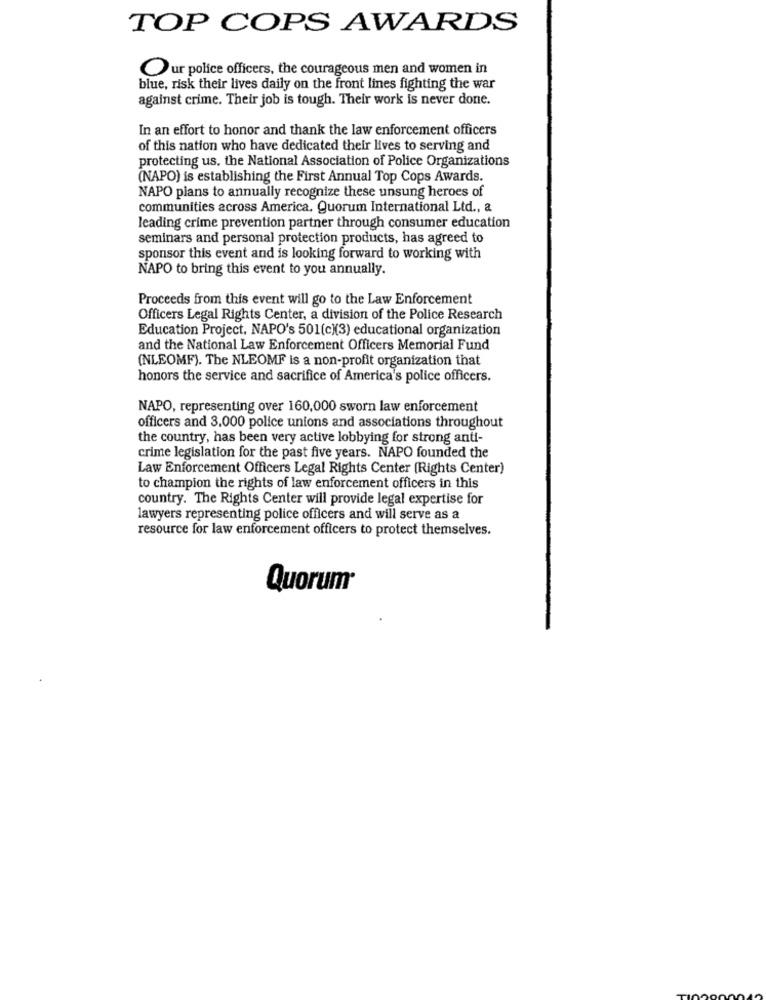
TOP COPS AWARDS
Our police officers, the courageous men and women in
blue, risk their lives daily on the front lines fighting the war
against crime. Their job is tough. Their work is never done.
In an effort to honor and thank the law enforcement officers
of this nation who have dedicated their lives to serving and
protecting us, the National Association of Police Organizations
(NAPO) is establishing the First Annual Top Cops Awards.
NAPO plans to annually recognize these unsung heroes of
communities across America. Quorum International Ltd ., a
leading crime prevention partner through consumer education
seminars and personal protection products, has agreed to
sponsor this event and is looking forward to working with
NAPO to bring this event to you annually.
Proceeds from this event will go to the Law Enforcement
Officers Legal Rights Center, a division of the Police Research
Education Project, NAPO's 501(c)(3) educational organization
and the National Law Enforcement Officers Memorial Fund
(NLEOMF). The NLEOMF is a non-profit organization that
honors the service and sacrifice of America's police officers.
NAPO, representing over 160,000 sworn law enforcement
officers and 3.000 police unions and associations throughout
the country, has been very active lobbying for strong anti-
crime legislation for the past five years. NAPO founded the
Law Enforcement Officers Legal Rights Center (Rights Center)
to champion the rights of law enforcement officers in this
country. The Rights Center will provide legal expertise for
lawyers representing police officers and will serve as a
resource for law enforcement officers to protect themselves.
Quorum®